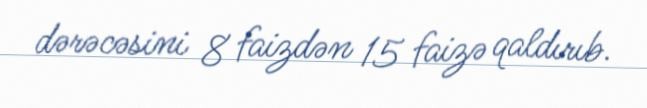
dərəcəsini 8 faizdən 15 faizə qaldırıb.